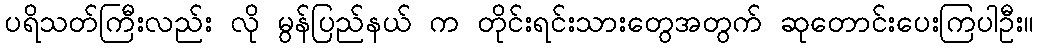
ပရိသတ်ကြီးလည်း လို မွန်ပြည်နယ် က တိုင်းရင်းသားတွေအတွက် ဆုတောင်းပေးကြပါဦး။